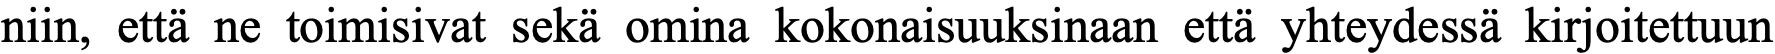
niin, että ne toimisivat sekä omina kokonaisuuksinaan että yhteydessä kirjoitettuun